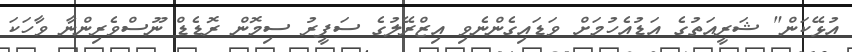
އުޅޭކަން" ޝަރީއަތުގެ އަޑުއެހުމަށް ވަޑައިގެންނެވި އިޒްރޭލުގެ ސަފީރު ސިމޮން ރޮޑެޑް ނޫސްވެރިންނާ ވާހަކަ